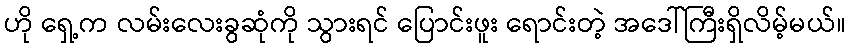
ဟို ရှေ့က လမ်းလေးခွဆုံကို သွားရင် ပြောင်းဖူး ရောင်းတဲ့ အဒေါ်ကြီးရှိလိမ့်မယ်။